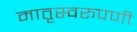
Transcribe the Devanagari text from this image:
मातृस्वरूपणी